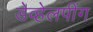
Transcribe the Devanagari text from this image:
डेव्हेलपींग